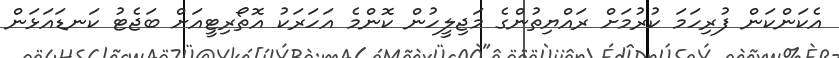
އެކަންކަން ފުރިހަމަ ކުރުމަށް ރައްޔިތުންގެ މަޖިލީހުން ކޮންމެ އަހަރަކު އޮތޯރިޓީއަށް ބަޖެޓު ކަނޑައަޅަން